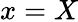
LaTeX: x=X